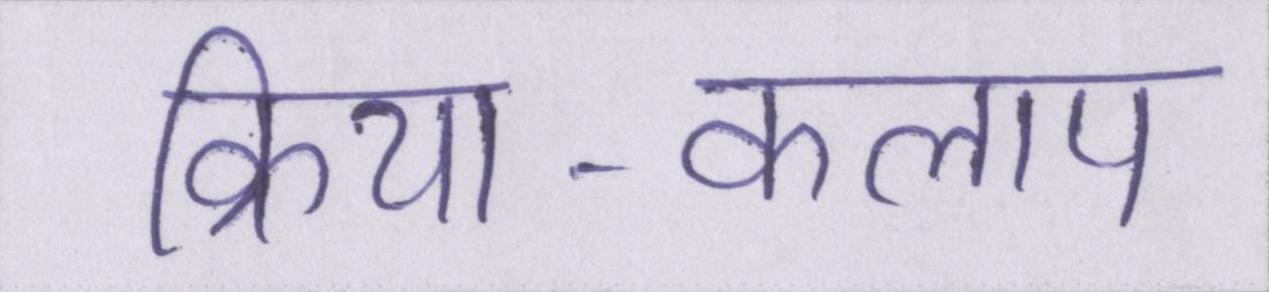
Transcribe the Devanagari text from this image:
क्रिया-कलाप